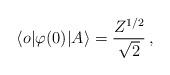
LaTeX: \begin{align*}\langle o | \varphi(0) | A \rangle = \frac{Z^{1/2}}{\sqrt{2}} \, ,\end{align*}